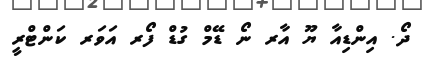
ދޯ. އިންޑިއާ ޔޫ އާރ ނޯ ޑޭމް ގުޑް ފޯރ އަވަރ ކަންޓްރީ